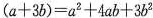
( a + 3 b ) = a ^ { 2 } + 4 a b + 3 b ^ { 2 }$$。